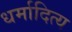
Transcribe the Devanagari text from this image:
धर्मादित्य